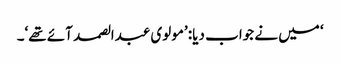
‘ میں نے جواب دیا: ’مولوی عبدالصمد آئے تھے‘۔